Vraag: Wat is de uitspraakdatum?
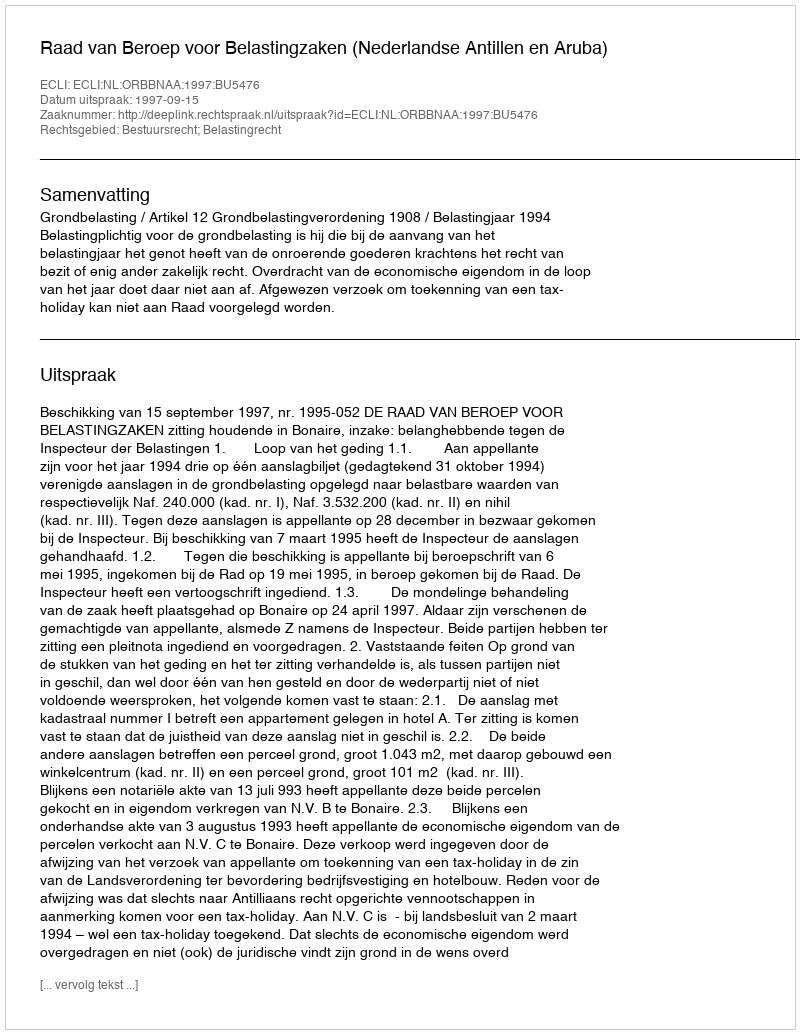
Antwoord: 1997-09-15